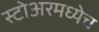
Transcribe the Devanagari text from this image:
स्टोअरमध्येच